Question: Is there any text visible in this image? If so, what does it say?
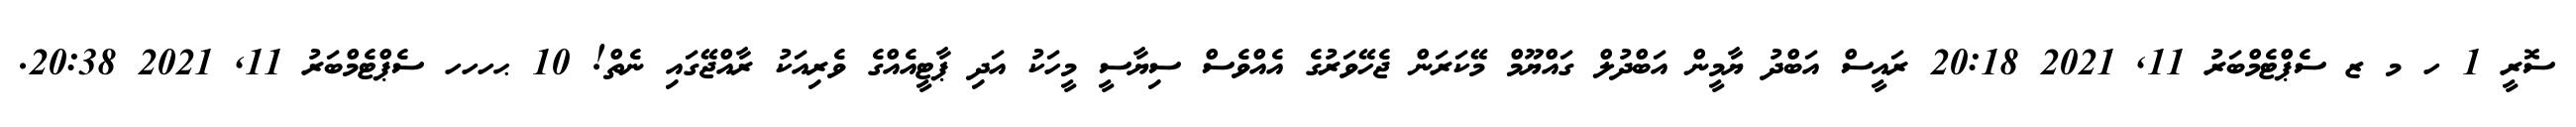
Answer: ސޮރީ 1 ހ މ ޒ ސެޕްޓެމްބަރު 11, 2021 20:18 ރައީސް އަބްދު ޔާމީން އަބްދުލް ގައްޔޫމް މޭކަރަން ޖެހޭވަރުގެ އެއްވެސް ސިޔާސީ މީހަކު އަދި ޕާޓީއެއްގެ ވެރިއަކު ރާއްޖޭގައި ނެތް! 10 ޙހހހ ސެޕްޓެމްބަރު 11, 2021 20:38.